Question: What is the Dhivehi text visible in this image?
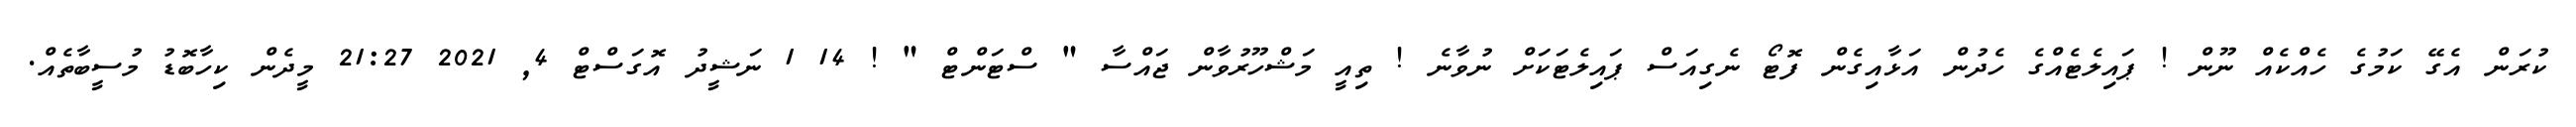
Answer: ކުރަން އެގޭ ކަމުގެ ހެއްކެއް ނޫން ! ޕައިލެޓެއްގެ ހެދުން އަޅާއިގެން ފޮޓޯ ނެގިއަސް ޕައިލެޓަކަށް ނުވާނެ ! ތިއީ މަޝްހޫރުވާން ޖައްސާ " ސްޓަންޓް " ! 14 1 ނަޝީދު އޮގަސްޓް 4, 2021 21:27 މީދެން ކިހާބޮޑު މުސީބާތެއް.